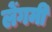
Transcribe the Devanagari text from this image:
लेंगमी